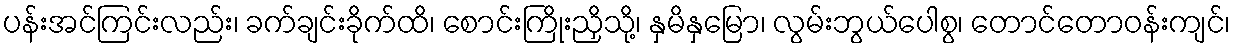
ပန်းအင်ကြင်းလည်း၊ ခက်ချင်းခိုက်ထိ၊ စောင်းကြိုးညှိသို့၊ နှမိနှမြော၊ လွမ်းဘွယ်ပေါစွ၊ တောင်တောဝန်းကျင်၊